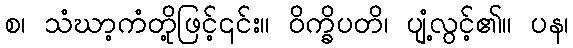
စ၊ သံဃာ့ကံတို့ဖြင့်၎င်း။ ဝိက္ခိပတိ၊ ပျံ့လွင့်၏။ ပန၊